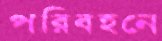
পরিবহনে